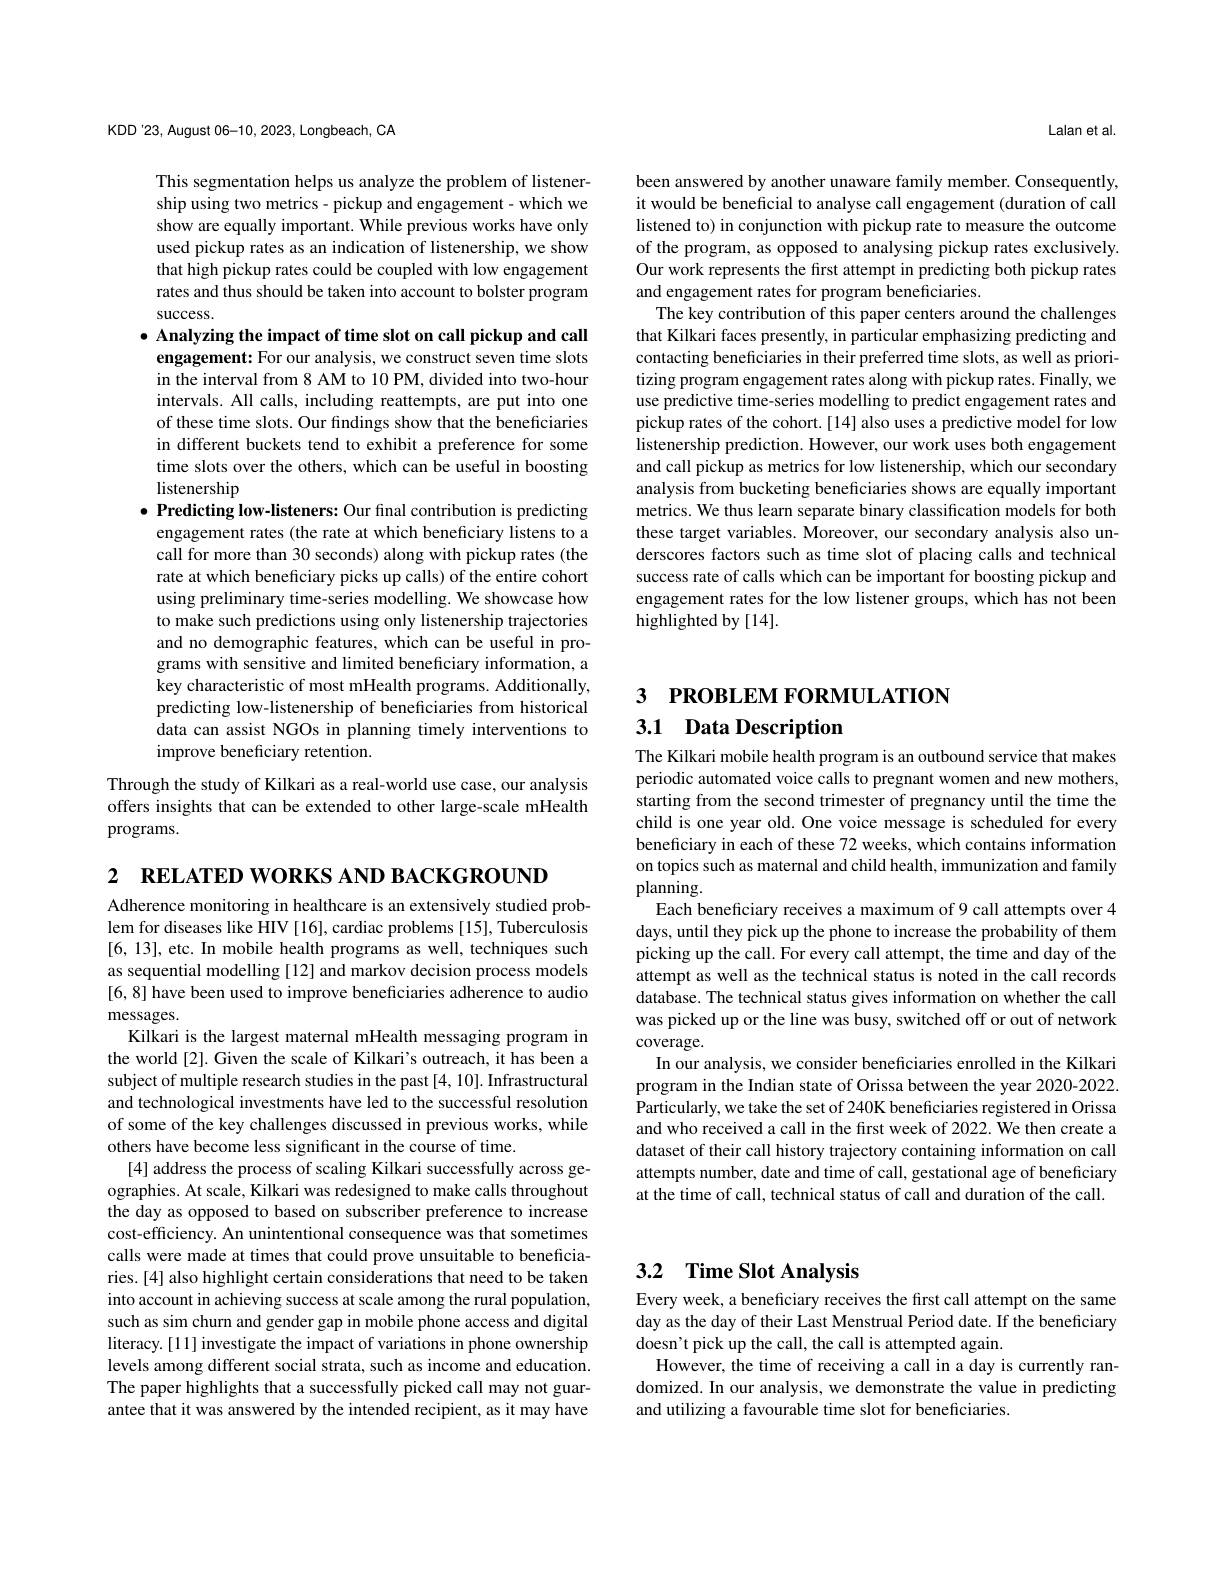
Lalan et al.

been answered by another unaware family member. Consequently, it would be beneficial to analyse call engagement (duration of call listened to) in conjunction with pickup rate to measure the outcome of the program, as opposed to analysing pickup rates exclusively. Our work represents the first attempt in predicting both pickup rates and engagement rates for program beneficiaries.
The key contribution of this paper centers around the challenges that Kilkari faces presently, in particular emphasizing predicting and contacting beneficiaries in their preferred time slots, as well as prioritizing program engagement rates along with pickup rates. Finally, we use predictive time-series modelling to predict engagement rates and pickup rates of the cohort.[14] also uses a predictive model for low listenership prediction. However, our work uses both engagement and call pickup as metrics for low listenership, which our secondary analysis from bucketing beneficiaries shows are equally important metrics. We thus learn separate binary classification models for both these target variables. Moreover, our secondary analysis also underscores factors such as time slot of placing calls and technical success rate of calls which can be important for boosting pickup and engagement rates for the low listener groups, which has not been highlighted by [14].

KDD'23, August 06-10, 2023, Longbeach, CA

This segmentation helps us analyze the problem of listenership using two metrics- pickup and engagement- which we show are equally important. While previous works have only used pickup rates as an indication of listenership, we show that high pickup rates could be coupled with low engagement rates and thus should be taken into account to bolster program $\operatorname{success.}$

$\bullet$ Analyzing the impact of time slot on call pickup and call engagement: For our analysis, we construct seven time slots in the interval from 8 AM to 10 PM, divided into two-hour intervals. All calls, including reattempts, are put into one of these time slots. Our findings show that the beneficiaries in different buckets tend to exhibit a preference for some time slots over the others, which can be useful in boosting listenership
$\bullet$ Predicting low-listeners: Our final contribution is predicting engagement rates (the rate at which beneficiary listens to a call for more than 30 seconds) along with pickup rates (the rate at which beneficiary picks up calls) of the entire cohort using preliminary time-series modelling. We showcase how to make such predictions using only listenership trajectories and no demographic features, which can be useful in programs with sensitive and limited beneficiary information, a key characteristic of most mHealth programs. Additionally, predicting low-listenership of beneficiaries from historical data can assist NGOs in planning timely interventions to improve beneficiary retention.
Through the study of Kilkari as a real-world use case, our analysis

offers insights that can be extended to other large-scale mHealth
programs.

2 RELATED WORKS AND BACKGROUND

Adherence monitoring in healthcare is an extensively studied problem for diseases like HIV [16], cardiac problems [15], Tuberculosis [6,13], etc. In mobile health programs as well, techniques such as sequential modelling [12] and markov decision process models [6,8] have been used to improve beneficiaries adherence to audio messages.
Kilkari is the largest maternal mHealth messaging program in the world[2]. Given the scale of Kilkari's outreach, it has been a subject of multiple research studies in the past [4, 10]. Infrastructural and technological investments have led to the successful resolution of some of the key challenges discussed in previous works, while others have become less significant in the course of time.
[4] address the process of scaling Kilkari successfully across geographies. At scale, Kilkari was redesigned to make calls throughout the day as opposed to based on subscriber preference to increase cost-efficiency. An unintentional consequence was that sometimes calls were made at times that could prove unsuitable to beneficiaries.[4] also highlight certain considerations that need to be taken into account in achieving success at scale among the rural population, such as sim churn and gender gap in mobile phone access and digital literacy. [11] investigate the impact of variations in phone ownership levels among different social strata, such as income and education. The paper highlights that a successfully picked call may not guarantee that it was answered by the intended recipient, as it may have

3 РROВLEM FORMULATION

# 3.1 Data Description

The Kilkari mobile health program is an outbound service that makes periodic automated voice calls to pregnant women and new mothers, starting from the second trimester of pregnancy until the time the child is one year old. One voice message is scheduled for every beneficiary in each of these 72 weeks, which contains information on topics such as maternal and child health, immunization and family planning.
Each beneficiary receives a maximum of 9 call attempts over 4 days, until they pick up the phone to increase the probability of them picking up the call. For every call attempt, the time and day of the attempt as well as the technical status is noted in the call records database. The technical status gives information on whether the call was picked up or the line was busy, switched off or out of network coverage.
In our analysis, we consider beneficiaries enrolled in the Kilkari program in the Indian state of Orissa between the year 2020-2022. Particularly, we take the set of 240K beneficiaries registered in Orissa and who received a call in the first week of 2022. We then create a dataset of their call history trajectory containing information on call attempts number, date and time of call, gestational age of beneficiary at the time of call, technical status of call and duration of the call.

# 3.2 Time Slot Analysis

Every week, a beneficiary receives the first call attempt on the same day as the day of their Last Menstrual Period date. If the beneficiary doesn't pick up the call, the call is attempted again.
However, the time of receiving a call in a day is currently randomized. In our analysis, we demonstrate the value in predicting and utilizing a favourable time slot for beneficiaries.